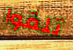
تلقوا